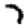
Digit: 7